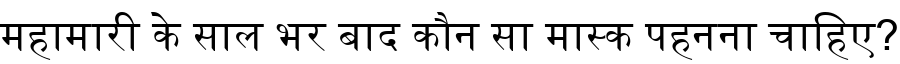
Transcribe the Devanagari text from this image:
महामारी के साल भर बाद कौन सा मास्क पहनना चाहिए?